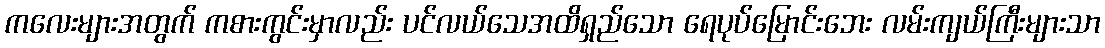
ကလေးများအတွက် ကစားကွင်းမှာလည်း ပင်လယ်သေအထိရှည်သော ရေပုပ်မြောင်းဘေး လမ်းကျယ်ကြီးများသာ